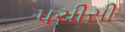
પચીસી